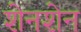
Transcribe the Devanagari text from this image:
शेनशेन